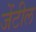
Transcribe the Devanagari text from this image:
जेंटील